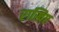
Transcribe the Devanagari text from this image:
राखिए